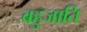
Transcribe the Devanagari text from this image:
बहुजाति